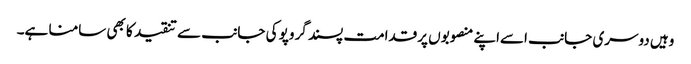
وہیں دوسری جانب اسےاپنے منصوبوں پرقدامت پسند گروپو کی جانب سے تنقید کا بھی سامنا ہے۔